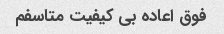
فوق اعاده بی کیفیت متاسفم